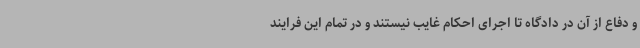
و دفاع از آن در دادگاه تا اجرای احکام غایب نیستند و در تمام این فرایند